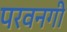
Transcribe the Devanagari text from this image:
परवनगी